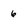
Character: 6